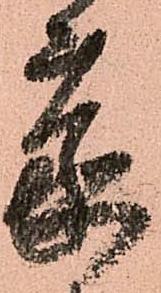
蒙